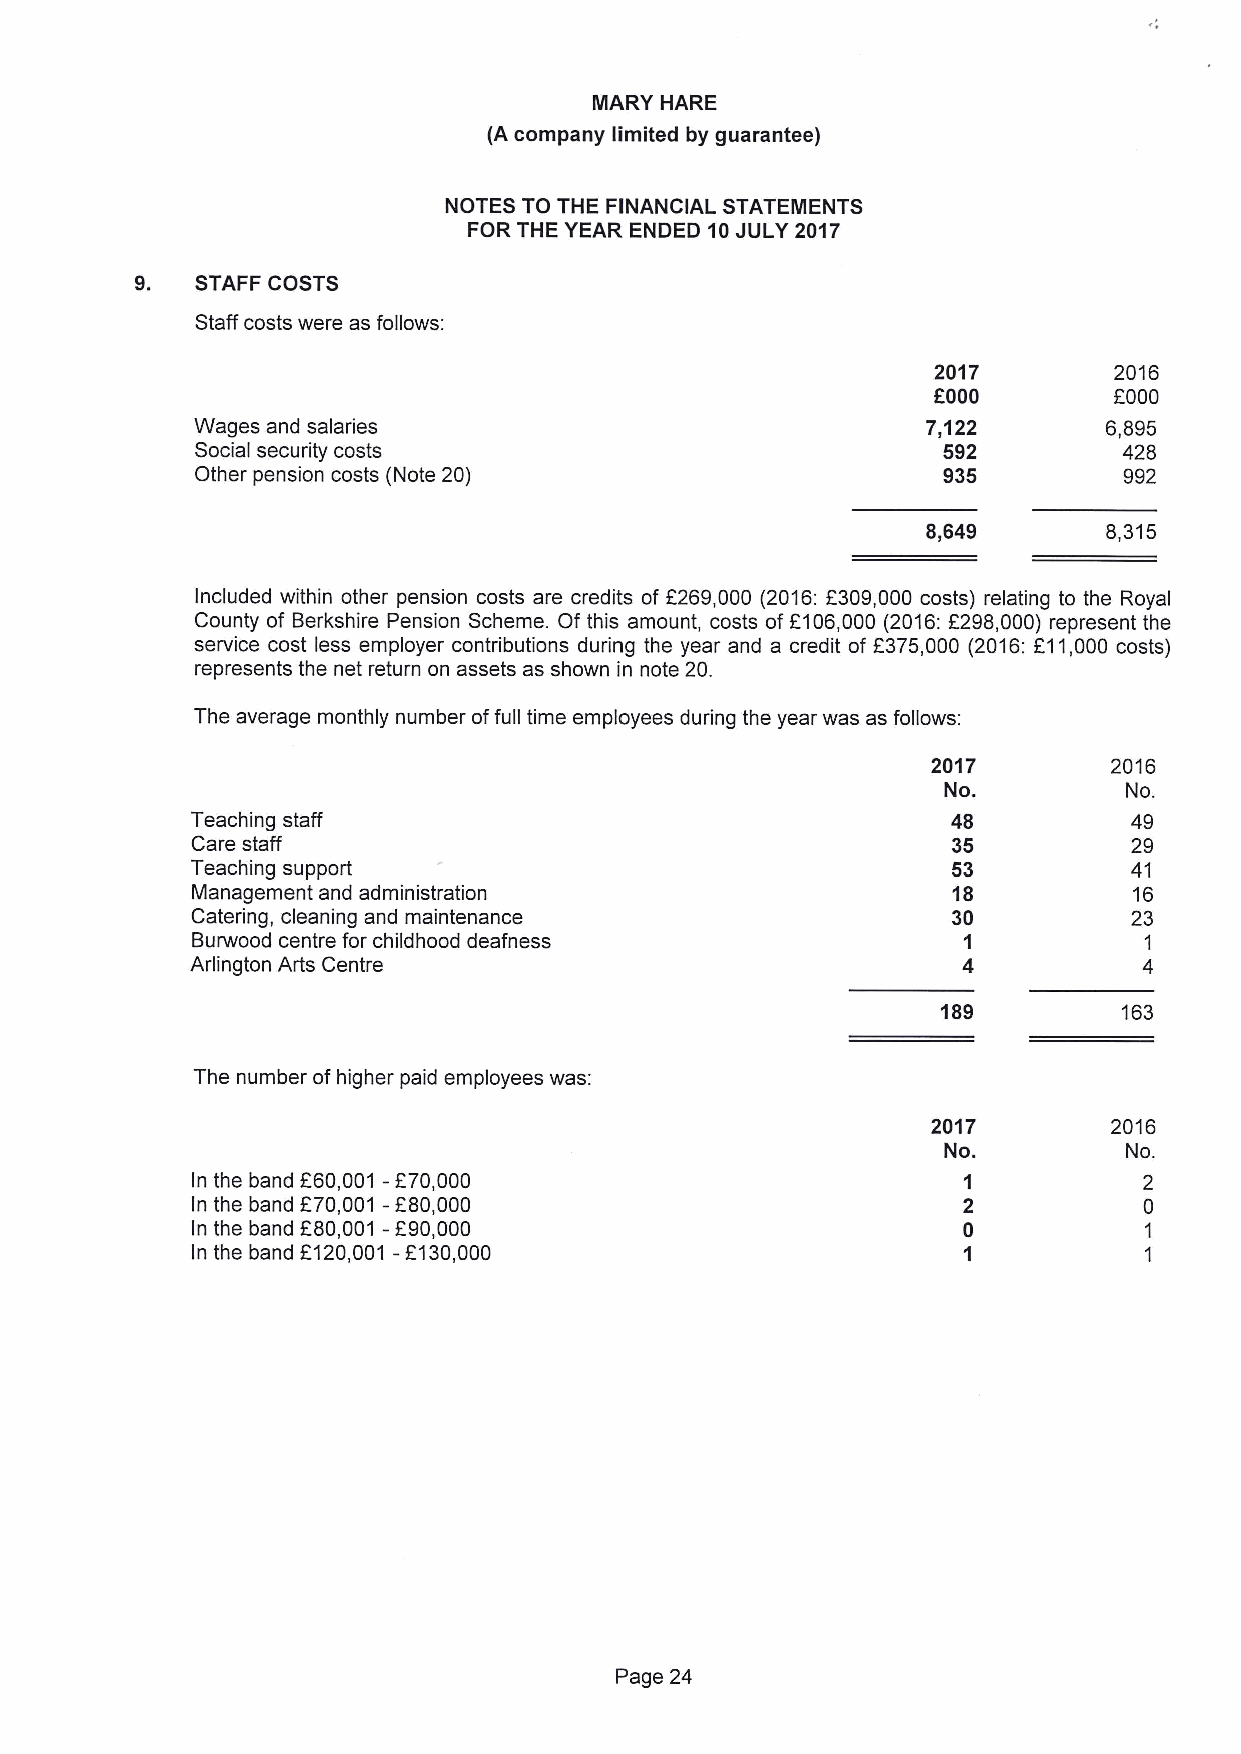
MARY HARE
 (A company limited by guarantee)
 NOTES TO THE FINANCIAL STATEMENTS
 FOR THE YEAR ENDED 10JULY 2017
 9.  STAFF COSTS
 Staff costs were as follows:
 2017        2016
 f000
 OOOO
 Wages and salaries                              7,122       6,895
 Social security costs                            592         428
 Other pension costs (Note 20)                    935         992
 8,649       8,315
 Included within other pension costs are credits of f269,000 (2016:2309,000 costs) relating to the Royal
 County of Berkshire Pension Scheme. Of this amount, costs of f106,000 (2016:f298,000) represent the
 service cost less employer contributions during the year and a credit of F375,000 (2016:f11,000 costs)
 represents the net return on assets as shown in note 20.
 The average monthly number offull time employees during the year was as follows:
 2017       2016
 No.         No.
 Teaching staff                                    48          49
 Care staff                                        35          29
 Teaching support                                  53          41
 Management and administration                     18          16
 Catering, cleaning and maintenance                30          23
 Burwood centre for childhood deafness              1           1
 Arlington Arts Centre                              4           4
 189         163
 The number of higher paid employees was:
 2017       2016
 No.         No.
 In the band F60,001 -f70,000                       1           2
 In the band F70,001 -F80,000                       2           0
 In the band F80,001 -f90,000                       0           1
 In the band 2120,001 -2130,000                     1           1
 Page 24